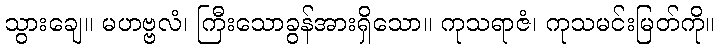
သွားချေ။ မဟဗ္ဗလံ၊ ကြီးသောခွန်အားရှိသော။ ကုသရာဇံ၊ ကုသမင်းမြတ်ကို။